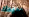
بريدك